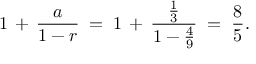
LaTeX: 1 \, + \, { \frac { a } { 1 - r } } \; = \; 1 \, + \, { \frac { \frac { 1 } { 3 } } { 1 - { \frac { 4 } { 9 } } } } \; = \; { \frac { 8 } { 5 } } .